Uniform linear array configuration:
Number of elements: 8
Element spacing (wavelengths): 0.75
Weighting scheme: kaiser
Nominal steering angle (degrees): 30
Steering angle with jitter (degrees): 28.984
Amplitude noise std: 0.05
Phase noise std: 0.05

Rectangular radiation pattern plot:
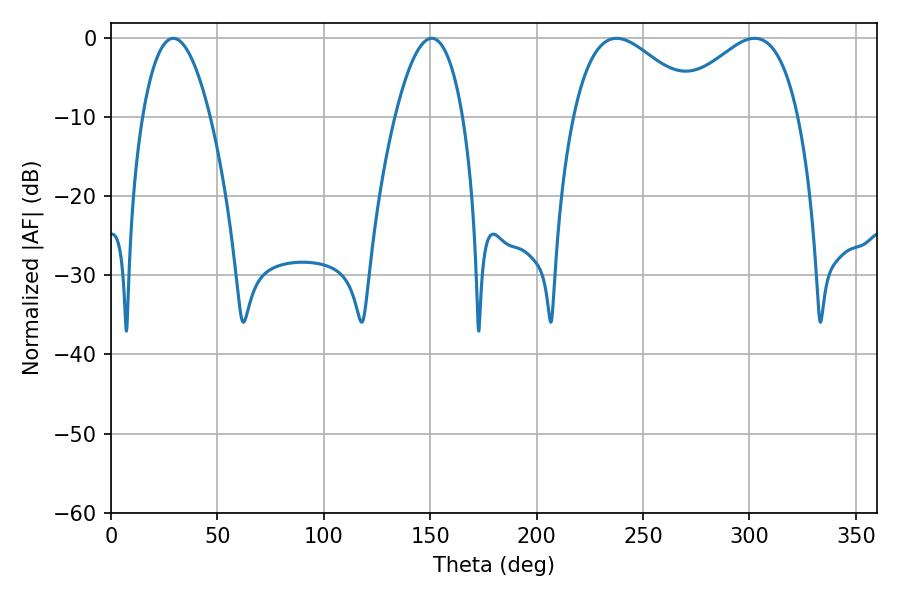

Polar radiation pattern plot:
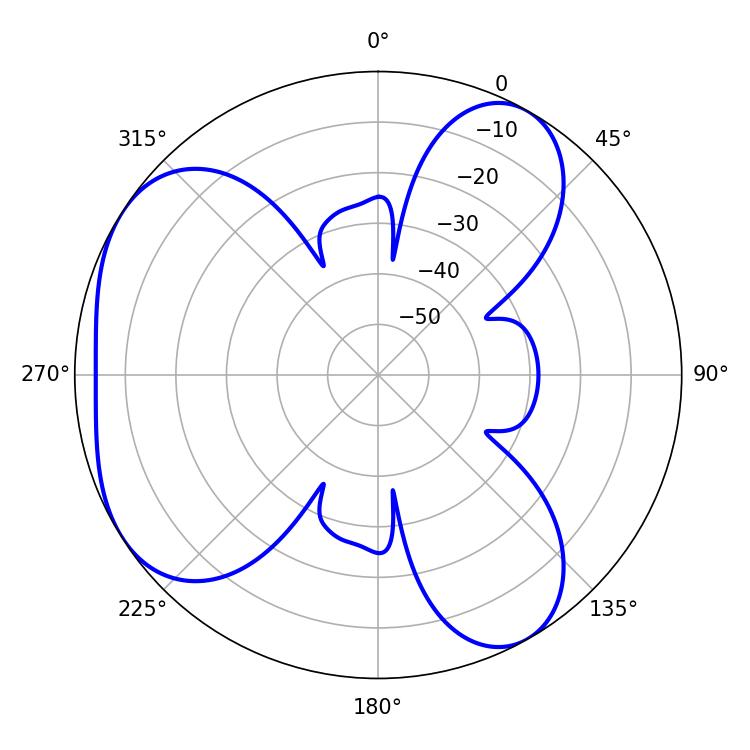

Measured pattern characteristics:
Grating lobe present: TRUE
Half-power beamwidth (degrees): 32.58
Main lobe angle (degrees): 302.4